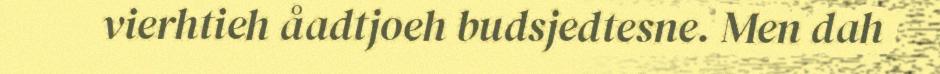
vierhtieh åadtjoeh budsjedtesne. Men dah